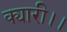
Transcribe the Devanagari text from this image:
क्यारी।।